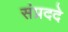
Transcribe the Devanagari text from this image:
संप्रददे